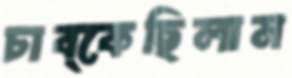
চাব্‌কেছিলাম